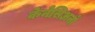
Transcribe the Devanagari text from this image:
केनेसिअनों